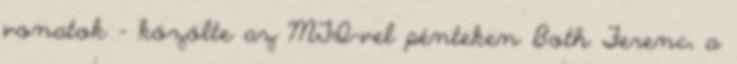
vonatok - közölte az MTI-vel pénteken Both Ferenc, a